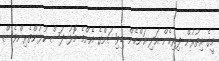
މީގެ އިތުރުން ފިރިހެން އަދި އަންހެން ޑިވިޝަންގެ އެންމެ މޮޅު ފަސް ކުޅުންތެރިންވެސް